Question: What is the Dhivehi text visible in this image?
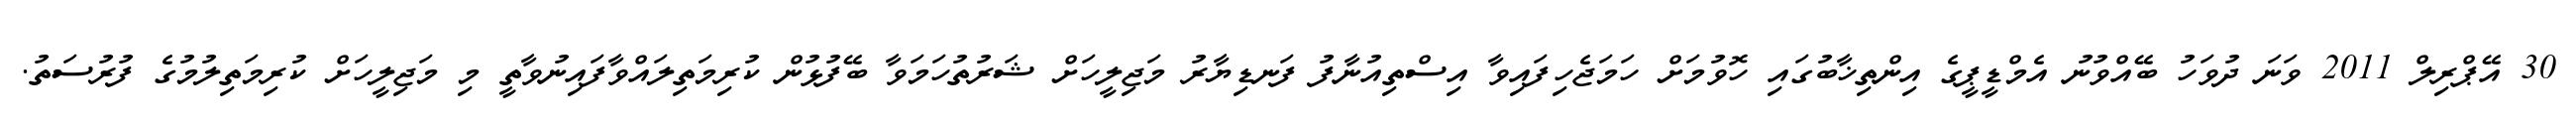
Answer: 30 އޭޕްރިލް 2011 ވަނަ ދުވަހު ބޭއްވުނު އެމްޑީޕީގެ އިންތިޚާބުގައި ހޮވުމަށް ހަމަޖެހިފައިވާ އިސްތިއުނާފު ފަނޑިޔާރު މަޖިލީހަށް ޝަރުތުހަމަވާ ބޭފުޅުން ކުރިމަތިލައްވާފައިނުވާތީ މި މަޖިލީހަށް ކުރިމަތިލުމުގެ ފުރުސަތު.